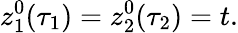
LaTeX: z_{1}^{0}(\tau_{1})=z_{2}^{0}(\tau_{2})=t.